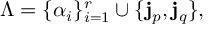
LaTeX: \Lambda = \{ \alpha _ { i } \} _ { i = 1 } ^ { r } \cup \{ { \bf j } _ { p } , { \bf j } _ { q } \} ,